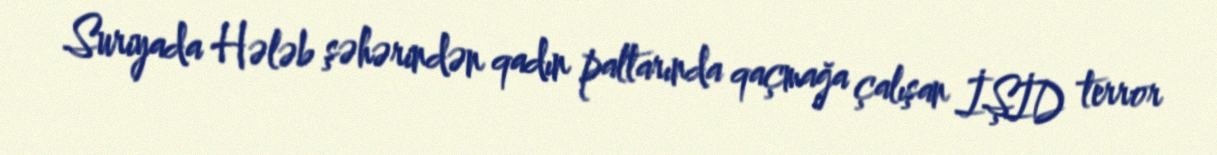
Suriyada Hələb şəhərindən qadın paltarında qaçmağa çalışan İŞİD terror